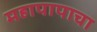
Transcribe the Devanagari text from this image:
महापापाचा